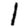
Digit: 1